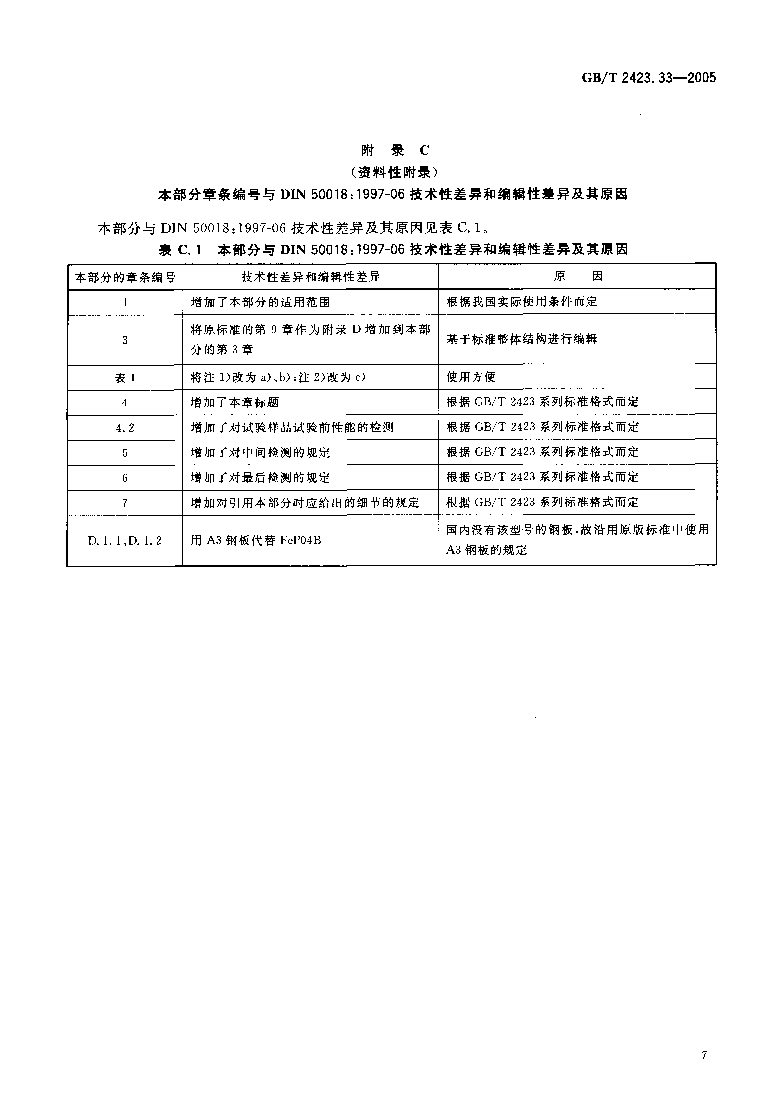
GB/T 2423.3 3-2005
 附 录 C
 (资 料 性 附 录 )
 本部分章条编号与DIN 50018:1997-06技术性差异和编辑性差异及其原因
 本部分与DIN 50018:1997-06技术性差异及其原因见表C.1.
 表 C .1 本 部 分 与DIN 50018:1997-06技术性差异和编辑性差异及其原因
 本部分的章条编号   技术性差异和编辑性差异          原 因
 I    增加了本部分的适用范围      根据我国实际使用条件而定
 将原标准的第9章作为附录D增加到本部
 3                     基干标准整体结构进行编辑
 分的第3章
 表I    将注1)改为a),b);注2)改为c) 使用方便
 4    增加了本章标题         根据GB/T 2423系列标准格式而定
 4.2  增加了对试验样品试验前性能的检测 根据GB/T 2423系列标准格式而定
 5    增加了对中间检测的规定      根据GB/T 2423系列标准格式而定
 6    增加了对最后检测的规定      根据GB/T 2423系列标准格式而定
 7    增加对引用本部分时应给出的细节的规定 根据GB/T 2423系列标准格式而定
 国内没有该型号的钢板，故沿用原版标准中使用
 D.1.1,D.1.2 用A3钢板代替FeP04B
 A3钢板的规定